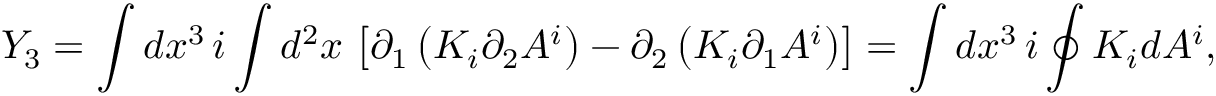
Y _ { 3 } = \int d x ^ { 3 } \, i \int d ^ { 2 } x \, \left[ \partial _ { 1 } \left( K _ { i } \partial _ { 2 } A ^ { i } \right) - \partial _ { 2 } \left( K _ { i } \partial _ { 1 } A ^ { i } \right) \right] = \int d x ^ { 3 } \, i \oint K _ { i } d A ^ { i } ,